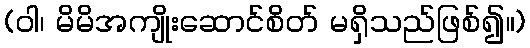
(ဝါ၊ မိမိအကျိုးဆောင်စိတ် မရှိသည်ဖြစ်၍။)